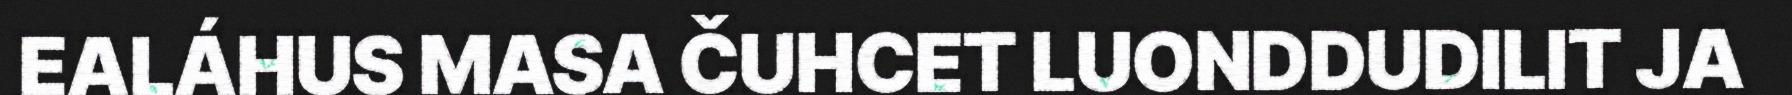
EALÁHUS MASA ČUHCET LUONDDUDILIT JA